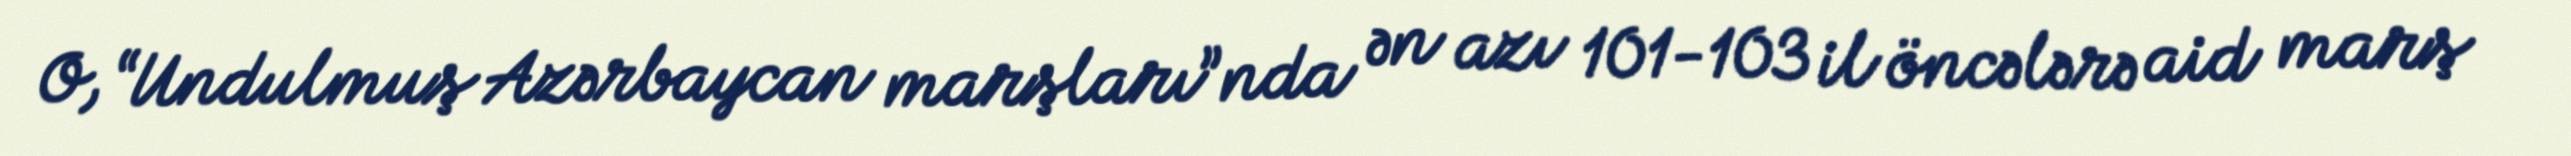
O, “Undulmuş Azərbaycan marşları”nda ən azı 101-103 il öncələrə aid marş